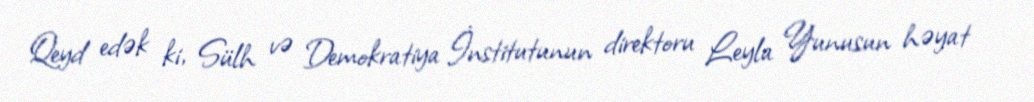
Qeyd edək ki, Sülh və Demokratiya İnstitutunun direktoru Leyla Yunusun həyat